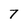
Character: 7